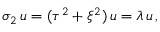
\sigma _ { 2 } \, u = ( \tau ^ { 2 } + \xi ^ { 2 } ) \, u = \lambda \, u \, ,